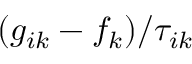
( g _ { i k } - f _ { k } ) / { \tau _ { i k } }